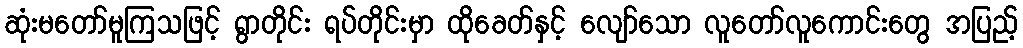
ဆုံးမတော်မူကြသဖြင့် ရွာတိုင်း ရပ်တိုင်းမှာ ထိုခေတ်နှင့် လျော်သော လူတော်လူကောင်းတွေ အပြည့်